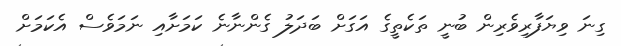
ގިނަ ވިޔަފާރިވެރިން ބުނީ ތަކެތީގެ އަގަށް ބަދަލު ގެންނާނެ ކަމަށާއި ނަމަވެސް އެކަމަށް